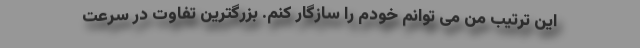
این ترتیب من می توانم خودم را سازگار کنم. بزرگترین تفاوت در سرعت